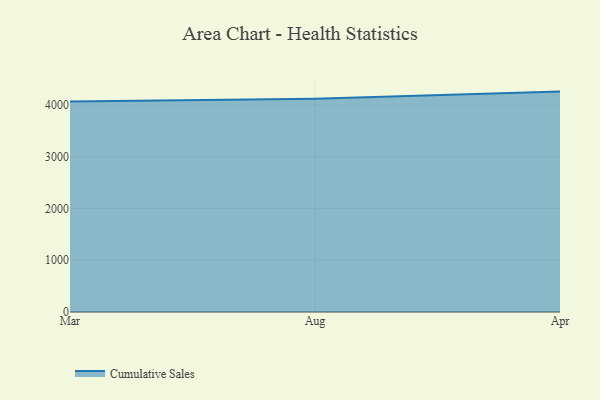
{"axis": {"x": "Month", "y": "Humidity (%)"}, "legend": ["Cumulative Sales"], "data": [{"x": "Mar", "y": 4068.3, "type": "Cumulative Sales"}, {"x": "Aug", "y": 4122.9, "type": "Cumulative Sales"}, {"x": "Apr", "y": 4259.5, "type": "Cumulative Sales"}]}